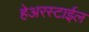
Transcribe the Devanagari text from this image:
हेअरस्टाईल